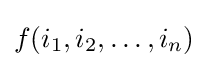
f(i_{1},i_{2},\ldots ,i_{n})